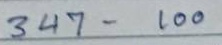
347 - 100